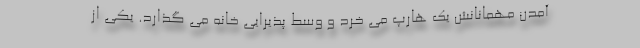
آمدن مهمانانش یک هارپ می خرد و وسط پذیرایی خانه می گذارد. یکی از